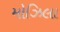
મોઝિલા